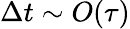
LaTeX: \Delta t\sim O(\tau)